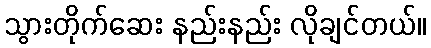
သွားတိုက်ဆေး နည်းနည်း လိုချင်တယ်။